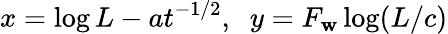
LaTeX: x=\log L-at^{-1/2},\; \; y=F_{\mathbf{w}}\log(L/c)